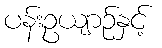
ပန်းဥယျာဉ်နှင့်